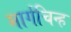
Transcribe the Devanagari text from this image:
मार्गचिन्ह